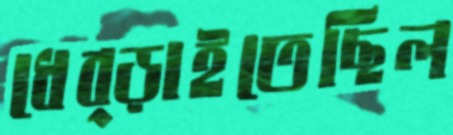
ধেব্‌ড়াইতেছিল